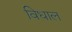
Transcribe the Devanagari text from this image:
विधाल